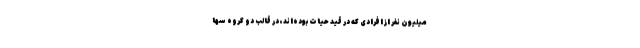
میلیون نفر از افرادی که در قید حیات بوده‌اند، در قالب دو گروه سها